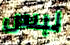
لبس